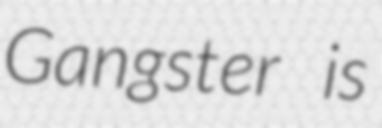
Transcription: Gangster is